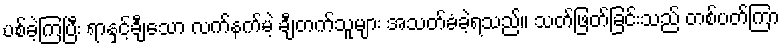
ပစ်ခဲ့ကြပြီး ရာနှင့်ချီသော လက်နက်မဲ့ ချီတက်သူများ အသတ်ခံခဲ့ရသည်။ သတ်ဖြတ်ခြင်းသည် တစ်ပတ်ကြာ